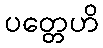
ပတ္တေဟိ